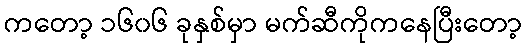
ကတော့ ၁၆၀၆ ခုနှစ်မှာ မက်ဆီကိုကနေပြီးတော့